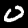
Digit: 0